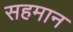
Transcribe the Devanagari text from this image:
सहमान